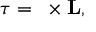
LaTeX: { \boldsymbol { \tau } } = \mathbf { \Omega } \times \mathbf { L } ,